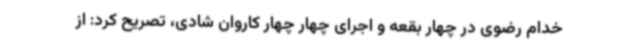
خدام رضوی در چهار بقعه و اجرای چهار چهار کاروان شادی، تصریح کرد: از